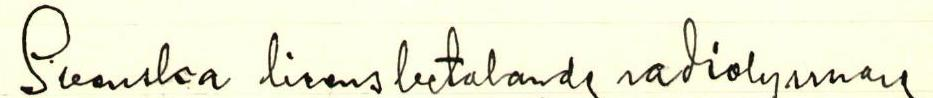
Svenska livensbetalande radiolyssnare